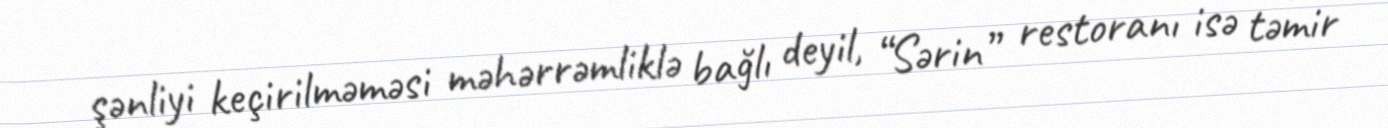
şənliyi keçirilməməsi məhərrəmliklə bağlı deyil, “Sərin” restoranı isə təmir